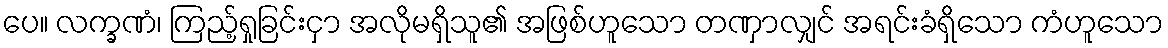
ပေ။ လက္ခဏံ၊ ကြည့်ရှုခြင်းငှာ အလိုမရှိသူ၏ အဖြစ်ဟူသော တဏှာလျှင် အရင်းခံရှိသော ကံဟူသော